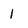
Character: 1